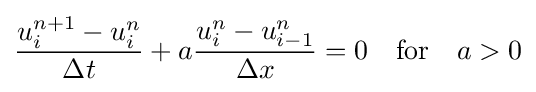
{\frac {u_{i}^{n+1}-u_{i}^{n}}{\Delta t}}+a{\frac {u_{i}^{n}-u_{i-1}^{n}}{\Delta x}}=0\quad {\text{for}}\quad a>0